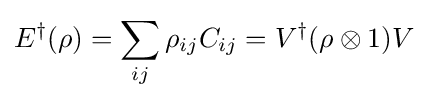
E^{\dagger }(\rho )=\sum _{ij}\rho _{ij}C_{ij}=V^{\dagger }(\rho \otimes 1)V